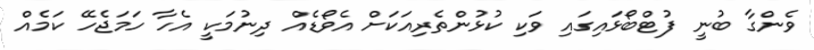
ވެންގާ ބުނީ ފުޓްބޯޅައިގައި ވަކި ކުޅުންތެރިއަކަށް އެވޯޑެއް ދިނުމަކީ އެހާ ހަމަޖެހޭ ކަމެއް